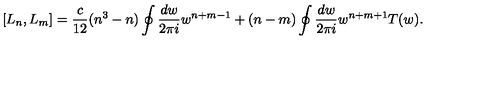
[ L _ { n } , L _ { m } ] = \frac { c } { 1 2 } ( n ^ { 3 } - n ) \oint \frac { d w } { 2 \pi i } w ^ { n + m - 1 } + ( n - m ) \oint \frac { d w } { 2 \pi i } w ^ { n + m + 1 } T ( w ) .